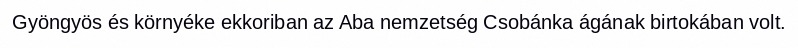
Gyöngyös és környéke ekkoriban az Aba nemzetség Csobánka ágának birtokában volt.